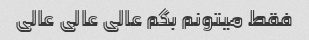
فقط میتونم بگم عالی عالی عالی